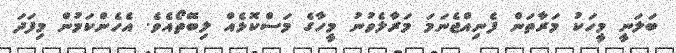
ބަލަނީ މީހަކު މަރާތަން ފެނިއްޖެނަމަ މަރާލެވުނު މީހާގެ މަސްކޮޅެއް ލިބޭތޯއެވެ. އެހެންކަމުން މިފަދަ